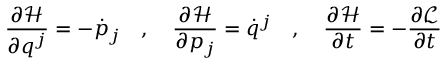
{ \frac { \partial { \mathcal { H } } } { \partial q ^ { j } } } = - { \dot { p } } _ { j } \quad , \quad { \frac { \partial { \mathcal { H } } } { \partial p _ { j } } } = { \dot { q } } ^ { j } \quad , \quad { \frac { \partial { \mathcal { H } } } { \partial t } } = - { \frac { \partial { \mathcal { L } } } { \partial t } }